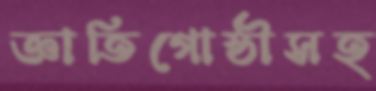
জ্ঞাতিগোষ্ঠীসহ